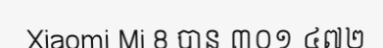
Xiaomi Mi 8 បាន ៣០១ ៤៧២